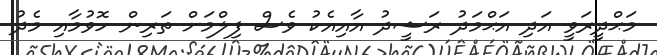
މަޙްދީރަވީ އަދި އަޙްމަދު ރަޝީދު އާއިއެކު ވެސް ފިލްމަށް ތަރިން ހޮވުމާއި މެދު